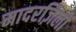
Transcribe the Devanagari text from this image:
मादरज़िलों